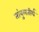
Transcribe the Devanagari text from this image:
तांबुलतीर्थ